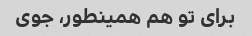
برای تو هم همینطور، جوی